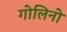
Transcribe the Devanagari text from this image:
गोलिनो